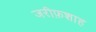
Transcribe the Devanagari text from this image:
जरीफ़शाह